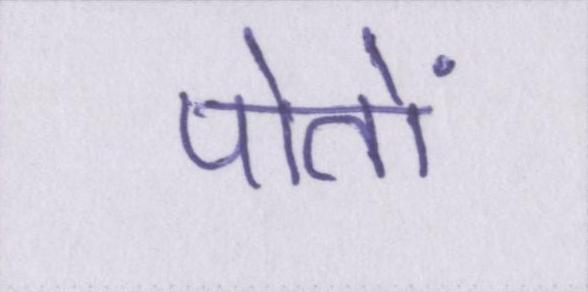
पोतों